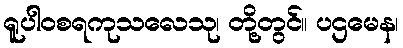
ရူပါဝစရကုသလေသု၊ တို့တွင်။ ပဌမေန၊